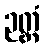
ဉတ္တံ